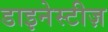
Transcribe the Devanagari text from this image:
डाइनेस्टीज़